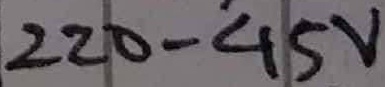
Text: 220-45V